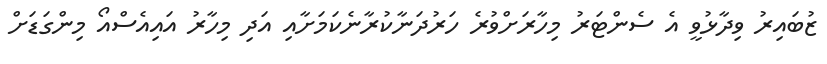
ޒުބައިރު ވިދާޅުވީ އެ ސެންޓަރު މިހާރަށްވުރެ ހަރުދަނާކުރާނެކަމަށާއި އަދި މިހާރު އައިއެސްއޯ މިންގަޑަށް